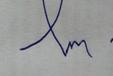
Signature authenticity: forged